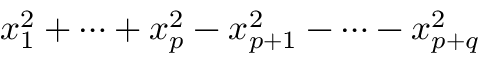
x _ { 1 } ^ { 2 } + \cdots + x _ { p } ^ { 2 } - x _ { p + 1 } ^ { 2 } - \cdots - x _ { p + q } ^ { 2 }